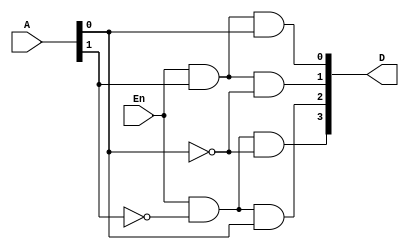
module Decoder2_4(A,D,En);

input [0:1]A;
input En;
output [0:3]D;
assign D[0] = En &  ~A[0] & ~A[1];
assign D[1] = En &  ~A[0] & A[1];
assign D[2] = En &  A[0] & ~A[1];
assign D[3] = En &  A[0] & A[1];

endmodule

/* A 3:8 Decoder is designed using two 2:4 Decoder .A[1] and A[2] are used as common input to both decoders. 
Complemnt of A[0] is used as Enable to Decoder 1 and A[0] as Enable to Decoder 2*/
 
module Decoder3_8(A,D);

input [0:2]A;
output [0:7]D;
Decoder2_4 dec1(A[1:2],D[0:3],~A[0]);
Decoder2_4 dec2(A[1:2],D[4:7],A[0]);

endmodule